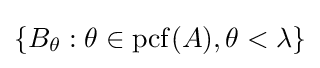
\{B_{\theta }:\theta \in \operatorname {pcf} (A),\theta <\lambda \}